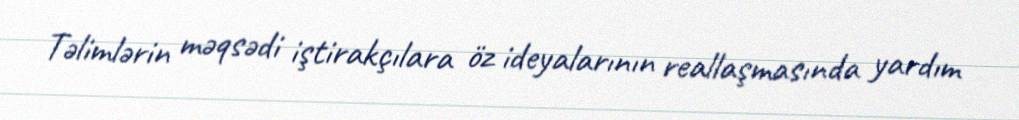
Təlimlərin məqsədi iştirakçılara öz ideyalarının reallaşmasında yardım